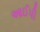
આઈપી